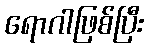
ရောဂါဖြစ်ပြီး